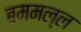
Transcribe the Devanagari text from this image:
बममल्ल